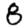
Digit: 8